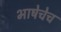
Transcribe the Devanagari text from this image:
भाषेचेच